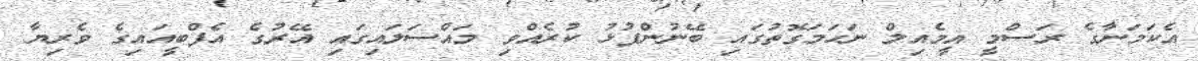
އެކަމަނާގެ ރަސްމީ އީމެއިލް ނަހަމަގޮތުގައި ބޭނުންފުޅު ކުރެއްވި މައްސަލައިގައި އޭރުގެ އެފްބީއައިގެ ވެރިޔާ